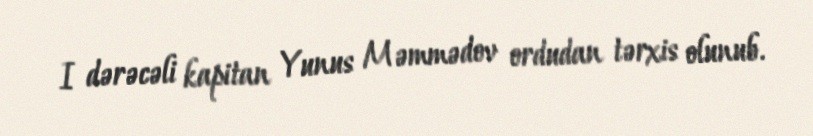
I dərəcəli kapitan Yunus Məmmədov ordudan tərxis olunub.